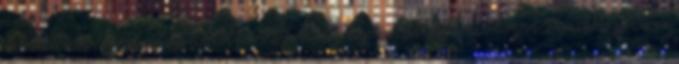
menü Fiók létrehozása Letöltés PDF-ként Nyomtatható változat Hivatkozás erre